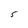
Character: S